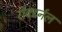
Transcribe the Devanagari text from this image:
रॉक्टर्नल